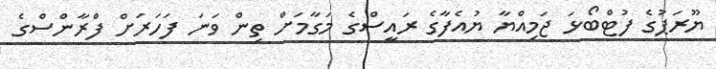
ޔޫރަޕުގެ ފުޓްބޯޅަ ޖަމިއްޔާ ޔުއެފާގެ ރައީސްގެ މަގާމަށް ތިން ވަނަ ފަހަރަށް ފްރާންސްގެ